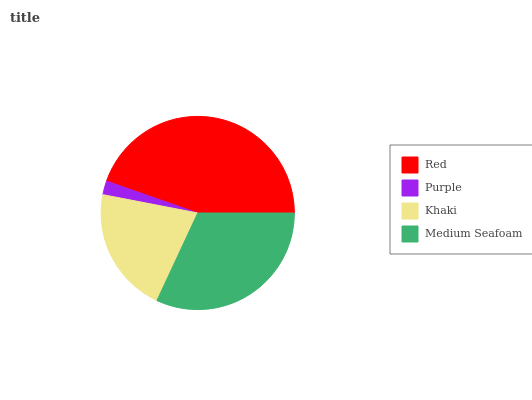
| Red | Purple | Khaki | Medium Seafoam |
 | --- | --- | --- | --- |
 | 44.6% | 2.3% | 21.1% | 31.9% |